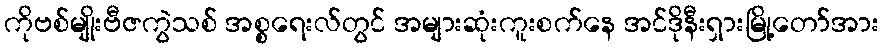
ကိုဗစ်မျိုးဗီဇကွဲသစ် အစ္စရေးလ်တွင် အများဆုံးကူးစက်နေ အင်ဒိုနီးရှားမြို့တော်အား